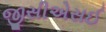
જીસીએસઈ